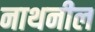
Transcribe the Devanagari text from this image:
नाथनील